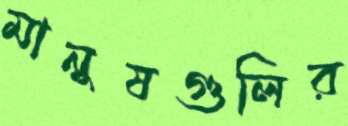
মানুষগুলির